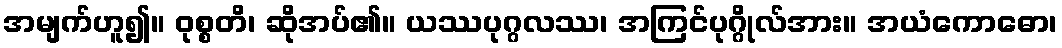
အမျက်ဟူ၍။ ဝုစ္စတိ၊ ဆိုအပ်၏။ ယဿပုဂ္ဂလဿ၊ အကြင်ပုဂ္ဂိုလ်အား။ အယံကောဓော၊